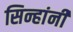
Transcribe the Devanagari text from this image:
सिन्हांनी